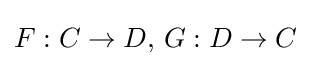
F:C\to D,\,G:D\to C